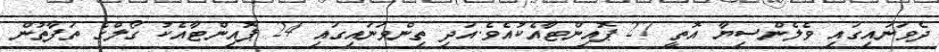
ދެވަނައިގައި ވެލެންސިޔާ އޮތީ 27 ޕޮއިންޓާއެކުއެވެ.އަދި ތިންވަނައިގައި 24 ޕޮއިންޓާއެކު ގޯލްގެ ތަފާތުން